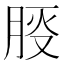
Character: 𪱠